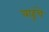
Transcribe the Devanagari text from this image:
बाहूंचे